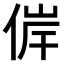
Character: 𠊀